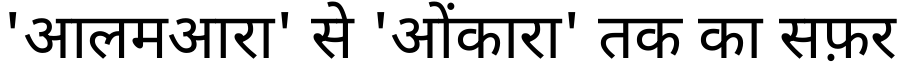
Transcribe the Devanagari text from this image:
'आलमआरा' से 'ओंकारा' तक का सफ़र